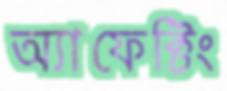
অ্যাফেক্টিং